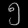
Digit: ၅